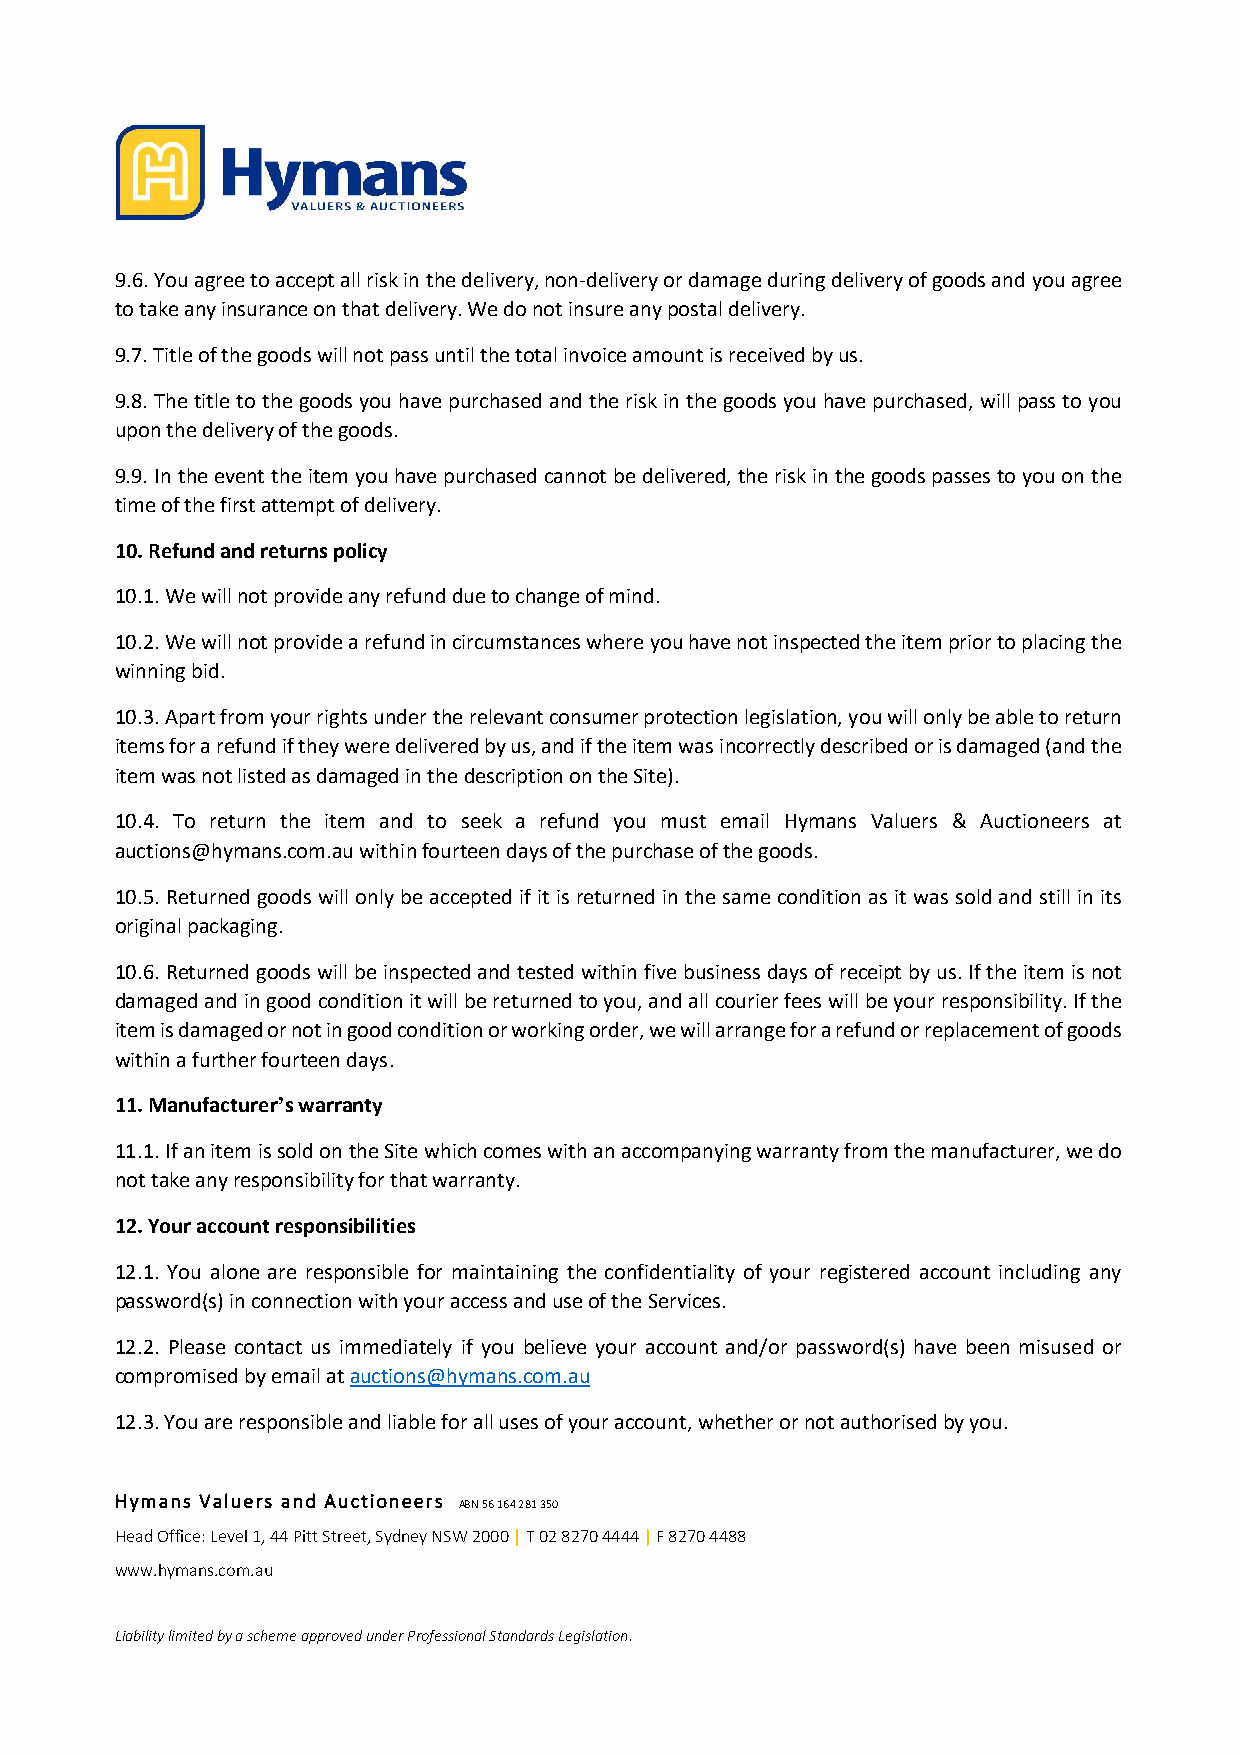
9.6. You agree to accept all risk in the delivery, non-delivery or damage during delivery of goods and you agree
 to take any insurance on that delivery. We do not insure any postal delivery.
 9.7. Title of the goods will not pass until the total invoice amount is received by us.
 9.8. The title to the goods you have purchased and the risk in the goods you have purchased, will pass to you
 upon the delivery of the goods.
 9.9. In the event the item you have purchased cannot be delivered, the risk in the goods passes to you on the
 time of the first attempt of delivery.
 10. Refund and returns policy
 10.1. We will not provide any refund due to change of mind.
 10.2. We will not provide a refund in circumstances where you have not inspected the item prior to placing the
 winning bid.
 10.3. Apart from your rights under the relevant consumer protection legislation, you will only be able to return
 items for a refund if they were delivered by us, and if the item was incorrectly described or is damaged (and the
 item was not listed as damaged in the description on the Site).
 10.4. To return the item and to seek a refund you must email Hymans Valuers & Auctioneers at
 auctions@hymans.com.au within fourteen days of the purchase of the goods.
 10.5. Returned goods will only be accepted if it is returned in the same condition as it was sold and still in its
 original packaging.
 10.6. Returned goods will be inspected and tested within five business days of receipt by us. If the item is not
 damaged and in good condition it will be returned to you, and all courier fees will be your responsibility. If the
 item is damaged or not in good condition or working order, we will arrange for a refund or replacement of goods
 within a further fourteen days.
 11. Manufacturer’s warranty
 11.1. If an item is sold on the Site which comes with an accompanying warranty from the manufacturer, we do
 not take any responsibility for that warranty.
 12. Your account responsibilities
 12.1. You alone are responsible for maintaining the confidentiality of your registered account including any
 password(s) in connection with your access and use of the Services.
 12.2. Please contact us immediately if you believe your account and/or password(s) have been misused or
 compromised by email at auctions@hymans.com.au
 12.3. You are responsible and liable for all uses of your account, whether or not authorised by you.
 Hymans Valuers and Auctioneers ABN 56 164 281 350
 Head Office: Level 1, 44 Pitt Street, Sydney NSW 2000 | T 02 8270 4444 | F 8270 4488
 www.hymans.com.au
 Liability limited by a scheme approved under Professional Standards Legislation.